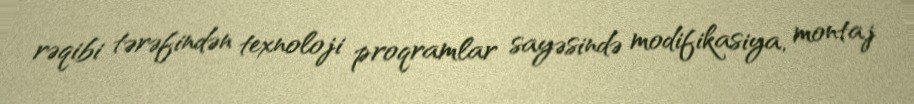
rəqibi tərəfindən texnoloji proqramlar sayəsində modifikasiya, montaj